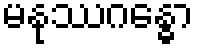
မနုဿဂန္ဓော